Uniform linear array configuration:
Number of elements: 8
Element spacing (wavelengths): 0.25
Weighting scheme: blackman
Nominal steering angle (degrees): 30
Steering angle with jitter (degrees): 31.638
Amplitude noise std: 0.05
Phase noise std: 0.05

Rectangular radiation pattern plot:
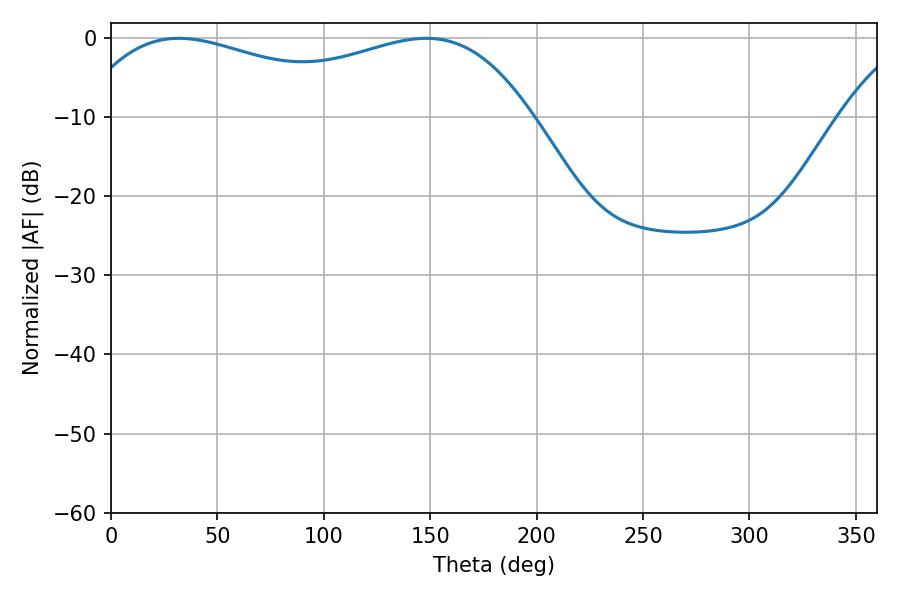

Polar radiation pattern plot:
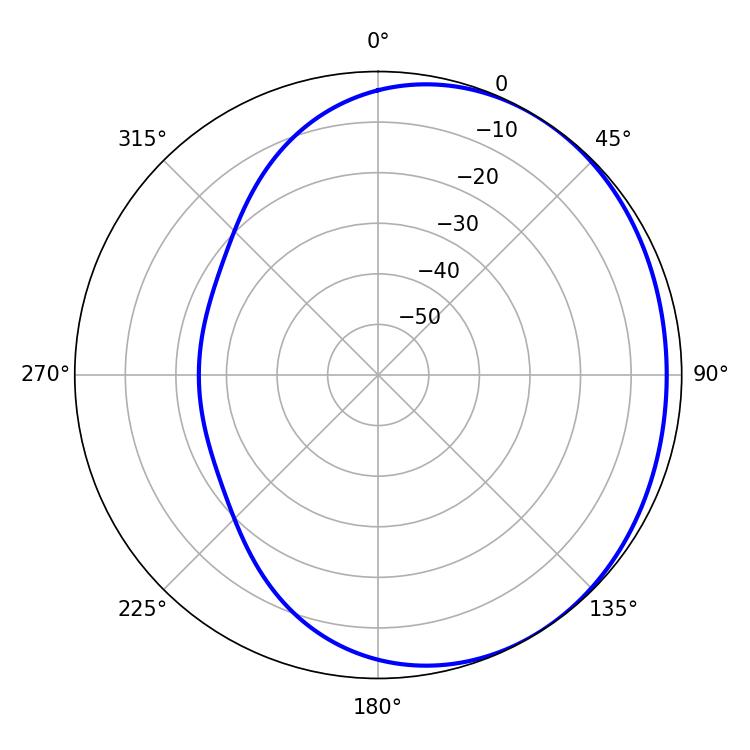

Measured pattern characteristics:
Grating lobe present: FALSE
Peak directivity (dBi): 1.543
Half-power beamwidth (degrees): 173.88
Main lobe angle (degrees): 31.86